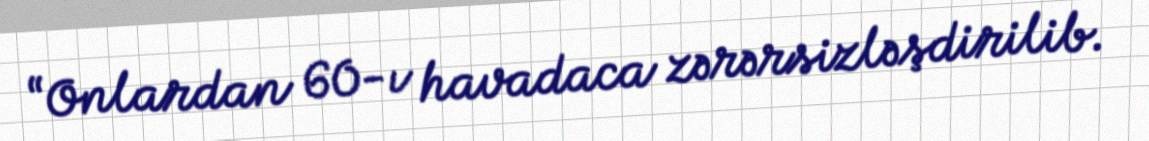
“Onlardan 60-ı havadaca zərərsizləşdirilib.